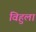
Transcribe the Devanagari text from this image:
विहुला